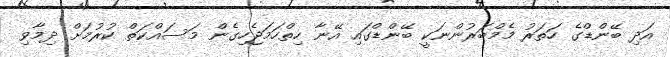
އަދި ބޭންޑްގެ ހަތަރު މެމްބަރުންނަކީ ބޭންޑްގައި އޭނާ ހިތްހަމަޖެހިގެން މަސައްކަތް ކުރުމަށް ދިމާވި